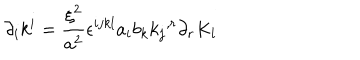
LaTeX: { \partial } _ { i } k ^ { i } = \frac { { \xi } ^ { 2 } } { a ^ { 2 } } { \epsilon } ^ { i j k l } a _ { i } b _ { k } { k _ { j } } ^ { , r } { \partial } _ { r } K _ { l }